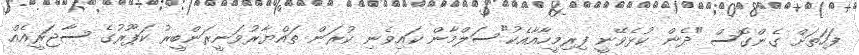
ފަހަތަށް ގެންގޮސް "ދެން ކުޅެވޭނީ ފިރިމީހާއާއެކު"ސަލްމާން ކައިވެނި ކުރަން ތައްޔާރުވަނީރަންބީރު ކަޕޫރުގެ ސާޖަރީއެއް